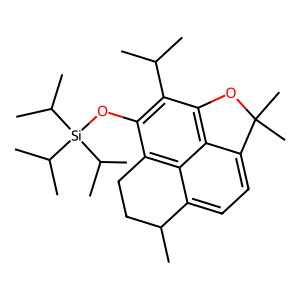
SMILES: CC(C)c1c(O[Si](C(C)C)(C(C)C)C(C)C)c2c3c(ccc4c3c1OC4(C)C)C(C)CC2
Inhibits HIV replication: No